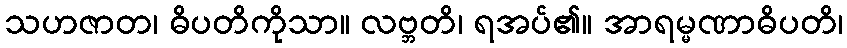
သဟဇာတ၊ ဓိပတိကိုသာ။ လဗ္ဘတိ၊ ရအပ်၏။ အာရမ္မဏာဓိပတိ၊